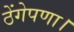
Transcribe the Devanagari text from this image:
ठेंगेपणा।